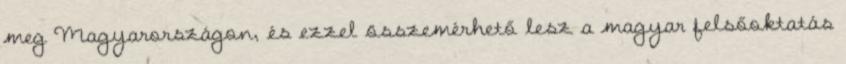
meg Magyarországon, és ezzel összemérhető lesz a magyar felsőoktatás